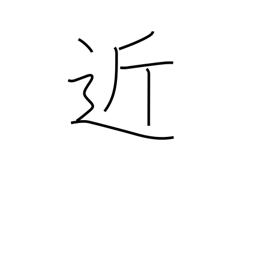
Meaning: tantamount